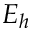
E _ { h }